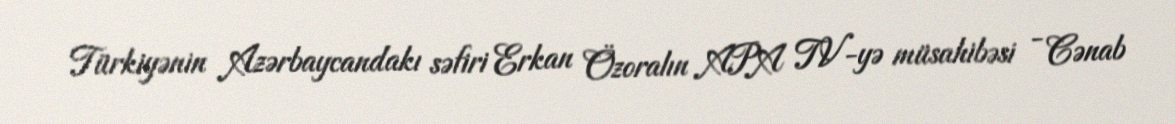
Türkiyənin Azərbaycandakı səfiri Erkan Özoralın APA TV-yə müsahibəsi - Cənab